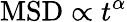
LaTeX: \textrm{MSD}\propto t^{\alpha}